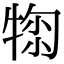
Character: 𤚂